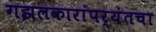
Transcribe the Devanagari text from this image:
गझलकारांपर्यंतचा